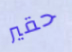
حقير